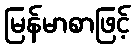
မြန်မာစာဖြင့်